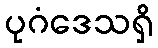
ပုဂံဒေသရှိ